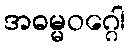
အဓမ္မဝဂ္ဂေါ